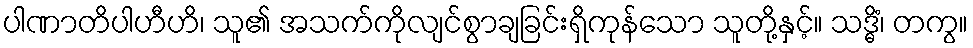
ပါဏာတိပါဟီဟိ၊ သူ၏ အသက်ကိုလျင်စွာချခြင်းရှိကုန်သော သူတို့နှင့်။ သဒ္ဓိံ၊ တကွ။